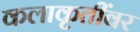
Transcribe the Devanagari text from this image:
कलाकृतींवर